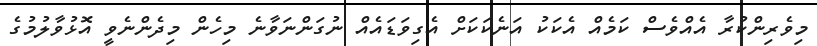
މިވެރިންކުރާ އެއްވެސް ކަމެއް އެކަކު އަނެކަކަށް އެގިވަޑައެއް ނުގަންނަވާނެ މިހެން މިދެންނެވީ އޮޅުވާލުމުގެ